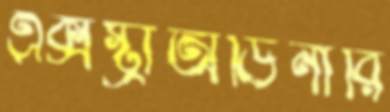
এক্সস্ট্রাঅর্ডিনারি